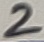
Text: 2